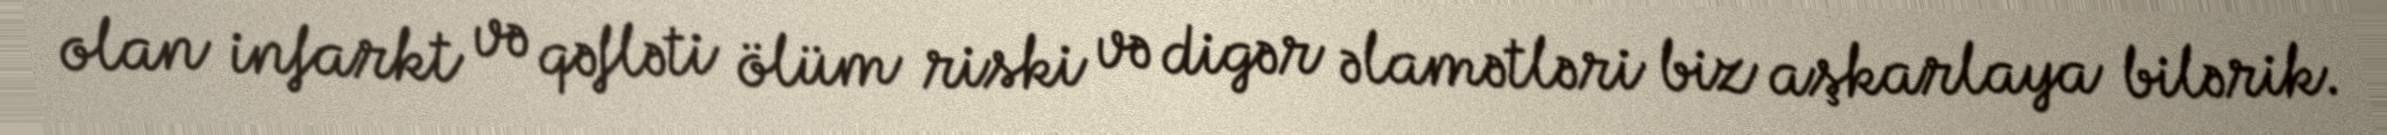
olan infarkt və qəfləti ölüm riski və digər əlamətləri biz aşkarlaya bilərik.